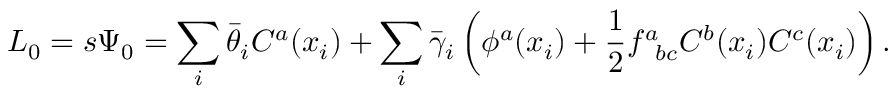
{ \cal L } _ { 0 } = s \Psi _ { 0 } = \sum _ { i } \bar { \theta } _ { i } C ^ { a } ( x _ { i } ) + \sum _ { i } \bar { \gamma } _ { i } \left( \phi ^ { a } ( x _ { i } ) + { \frac { 1 } { 2 } } f _ { \phantom { a } b c } ^ { a } C ^ { b } ( x _ { i } ) C ^ { c } ( x _ { i } ) \right) .